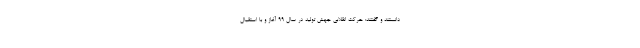
دانستند و گفتند: حرکت انقلابیِ جهش تولید در سال ۹۹ آغاز و با استقبال